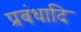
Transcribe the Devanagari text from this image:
प्रबंधादि